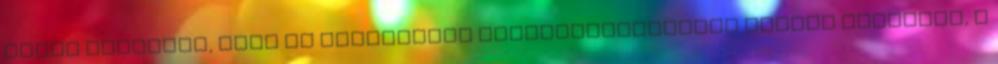
lelkű zsidókat, akik az Ószövetség ellentmondásaiból kiutat keresnek, a